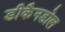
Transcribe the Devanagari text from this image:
डीकैनडोल